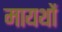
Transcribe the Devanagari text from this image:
मायथों